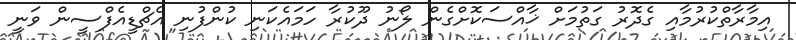
އިމާރާތްކުރުމާއި ގެދޮރު ގަތުމަށް ޚާއްސަކޮށްގެން ލޯނު ދޫކުރާ ހަމައެކަނި ކުންފުނި އެޗްޑީއެފްސީން ވަނީ